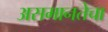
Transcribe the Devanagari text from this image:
असमानतेचा